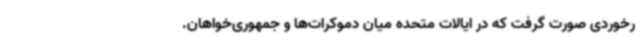
رخوردی صورت گرفت که در ایالات متحده میان دموکرات‌ها و جمهوری‌خواهان.